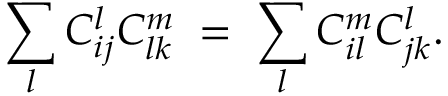
\sum _ { l } C _ { i j } ^ { l } C _ { l k } ^ { m } \; = \; \sum _ { l } C _ { i l } ^ { m } C _ { j k } ^ { l } .